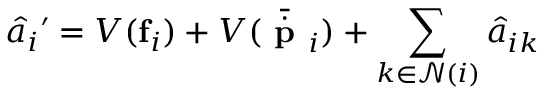
\hat { a } _ { i } \prime = V ( \mathbf { f } _ { i } ) + V ( \bar { \dot { \textbf { p } } } _ { i } ) + \sum _ { k \in \mathcal { N } ( i ) } \hat { a } _ { i k }